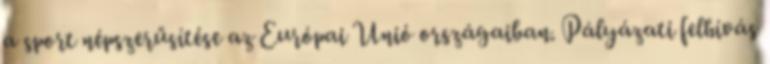
a sport népszerűsítése az Európai Unió országaiban. Pályázati felhívás